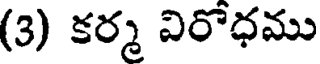
(3) కర్మ విరోధము